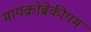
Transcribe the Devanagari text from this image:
मायक्रोब्रेकीयम